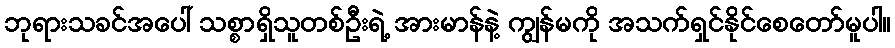
ဘုရားသခင်အပေါ် သစ္စာရှိသူတစ်ဦးရဲ့ အားမာန်နဲ့ ကျွန်မကို အသက်ရှင်နိုင်စေတော်မူပါ။